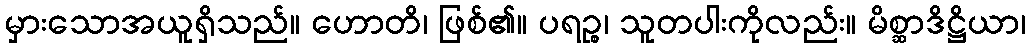
မှားသောအယူရှိသည်။ ဟောတိ၊ ဖြစ်၏။ ပရဉ္စ၊ သူတပါးကိုလည်း။ မိစ္ဆာဒိဋ္ဌိယာ၊